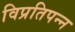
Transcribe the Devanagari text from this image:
विप्रतिपन्न